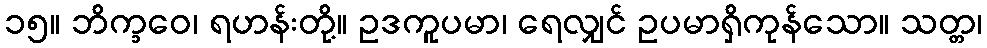
၁၅။ ဘိက္ခဝေ၊ ရဟန်းတို့။ ဥဒကူပမာ၊ ရေလျှင် ဥပမာရှိကုန်သော။ သတ္တ၊